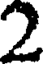
2